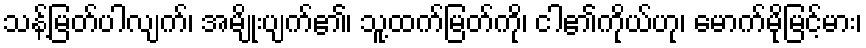
သန့်မြတ်ပါလျက်၊ အမျိုးပျက်၏၊ သူ့ထက်မြတ်ကို၊ ငါ၏ကိုယ်ဟု၊ မောက်မိုမြင့်မား၊